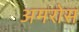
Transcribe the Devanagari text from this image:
अमरोस